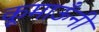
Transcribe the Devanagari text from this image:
कूमाऊँनी